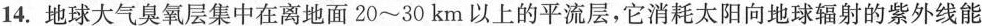
14.地球大气臭氧层集中在离地面20~30km以上的平流层，它消耗太阳向地球辐射的紫外线能